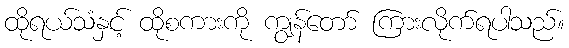
ထိုရယ်သံနှင့် ထိုစကားကို ကျွန်တော် ကြားလိုက်ရပါသည်။